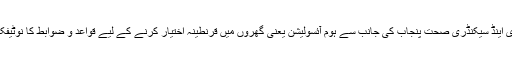
سیکرٹری محکمہ پرائمری اینڈ سیکنڈری صحت پنجاب کی جانب سے ہوم آئسولیشن یعنی گھروں میں قرنطینہ اختیار کرنے کے لیے قواعد و ضوابط کا نوٹیفکیشن جاری کر دیا گیا ہے۔